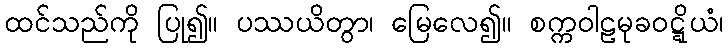
ထင်သည်ကို ပြု၍။ ပဿယိတွာ၊ မြေလေ၍။ စက္ကဝါဠမုခဝဋ္ဋိယံ၊